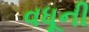
વધૂની